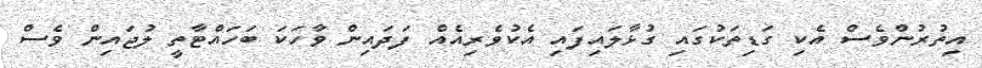
އިތުރުންވެސް އެކި ގަޑިތަކުގައި ގުޅާލައިފައި އެކުވެރިއެއް ފަދައިން ވާހަކަ ބަހައްޓާތީ ލުޖައިން ވެސް